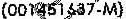
(001451637-M)